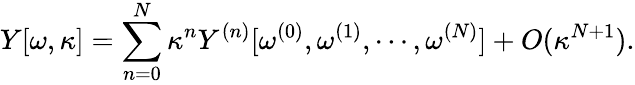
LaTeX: Y[\omega,\kappa]=\sum_{n=0}^{N}\kappa^{n}Y^{(n)}[\omega^{(0)},\omega^{(1)},\cdots,\omega^{(N)}]+O(\kappa^{N+1}).